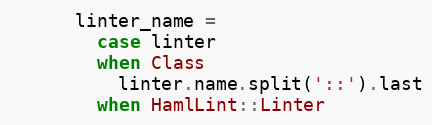
Language: Ruby
      linter_name =
        case linter
        when Class
          linter.name.split('::').last
        when HamlLint::Linter